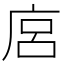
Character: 𢈚